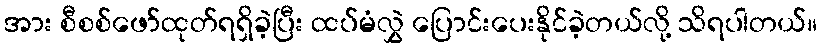
အား စီစစ်ဖော်ထုတ်ရရှိခဲ့ပြီး ထပ်မံလွှဲ ပြောင်းပေးနိုင်ခဲ့တယ်လို့ သိရပါတယ်။